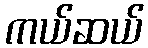
ကယ်ဆယ်